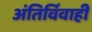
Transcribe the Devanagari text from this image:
अंतिर्विवाही